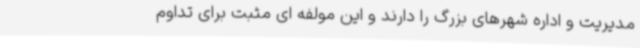
مدیریت و اداره شهرهای بزرگ را دارند و این مولفه ای مثبت برای تداوم